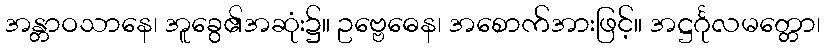
အန္တာဝသာနေ၊ အူခွေ၏အဆုံး၌။ ဥဗ္ဗေဓေန၊ အစောက်အားဖြင့်။ အဋ္ဌင်္ဂုလမတ္တော၊